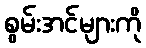
စွမ်းအင်များကို